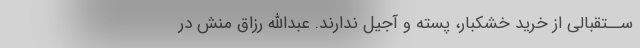
ســتقبالى از خرید خشکبار، پسته و آجیل ندارند. عبداالله رزاق منش در